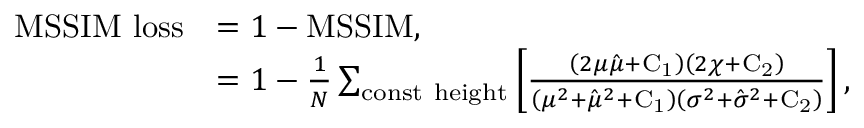
\begin{array} { r l } { \mathrm { M S S I M ~ l o s s } } & { = 1 - \mathrm { M S S I M } , } \\ & { = 1 - \frac { 1 } { N } \sum _ { \mathrm { c o n s t ~ h e i g h t } } \left[ \frac { \left( 2 \mu \hat { \mu } + \mathrm { C _ { 1 } } \right) \left( 2 \chi + \mathrm { C _ { 2 } } \right) } { \left( \mu ^ { 2 } + \hat { \mu } ^ { 2 } + \mathrm { C _ { 1 } } \right) \left( \sigma ^ { 2 } + \hat { \sigma } ^ { 2 } + \mathrm { C _ { 2 } } \right) } \right] , } \end{array}